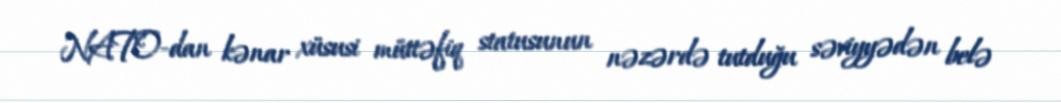
NATO-dan kənar xüsusi müttəfiq statusunun nəzərdə tutduğu səviyyədən belə